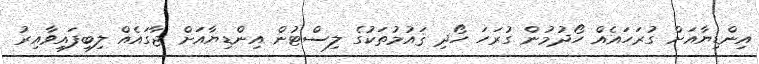
އިންޑިޔާއަށް ގުރަހައެއް ހޯދުމުން ގުރަހަ ހޯދި ޤައުމުތަކުގެ ލިސްޓުން އިންޑިޔާއަށް ޖާގައެއް ލިބިފައިވާއިރު